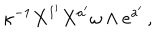
LaTeX: \kappa ^ { - 1 } X ^ { 1 ^ { \prime } } X ^ { a ^ { \prime } } \omega \wedge e ^ { a ^ { \prime } } \, ,